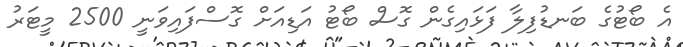
އެ ބޯޓުގެ ބަނޑުފިލާ ފަޅައިގެން ގޮސް ބޯޓު އަޑިއަށް ގޮސްފައިވަނީ 2500 މީޓަރު